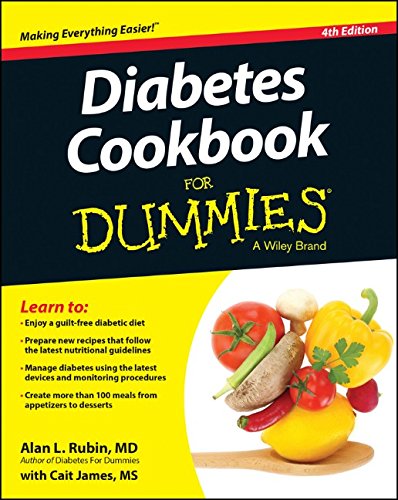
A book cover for Diabetes Cookbook For Dummies; Alan L. Rubin; Cookbooks, Food & Wine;